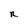
Character: n